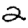
Digit: 2